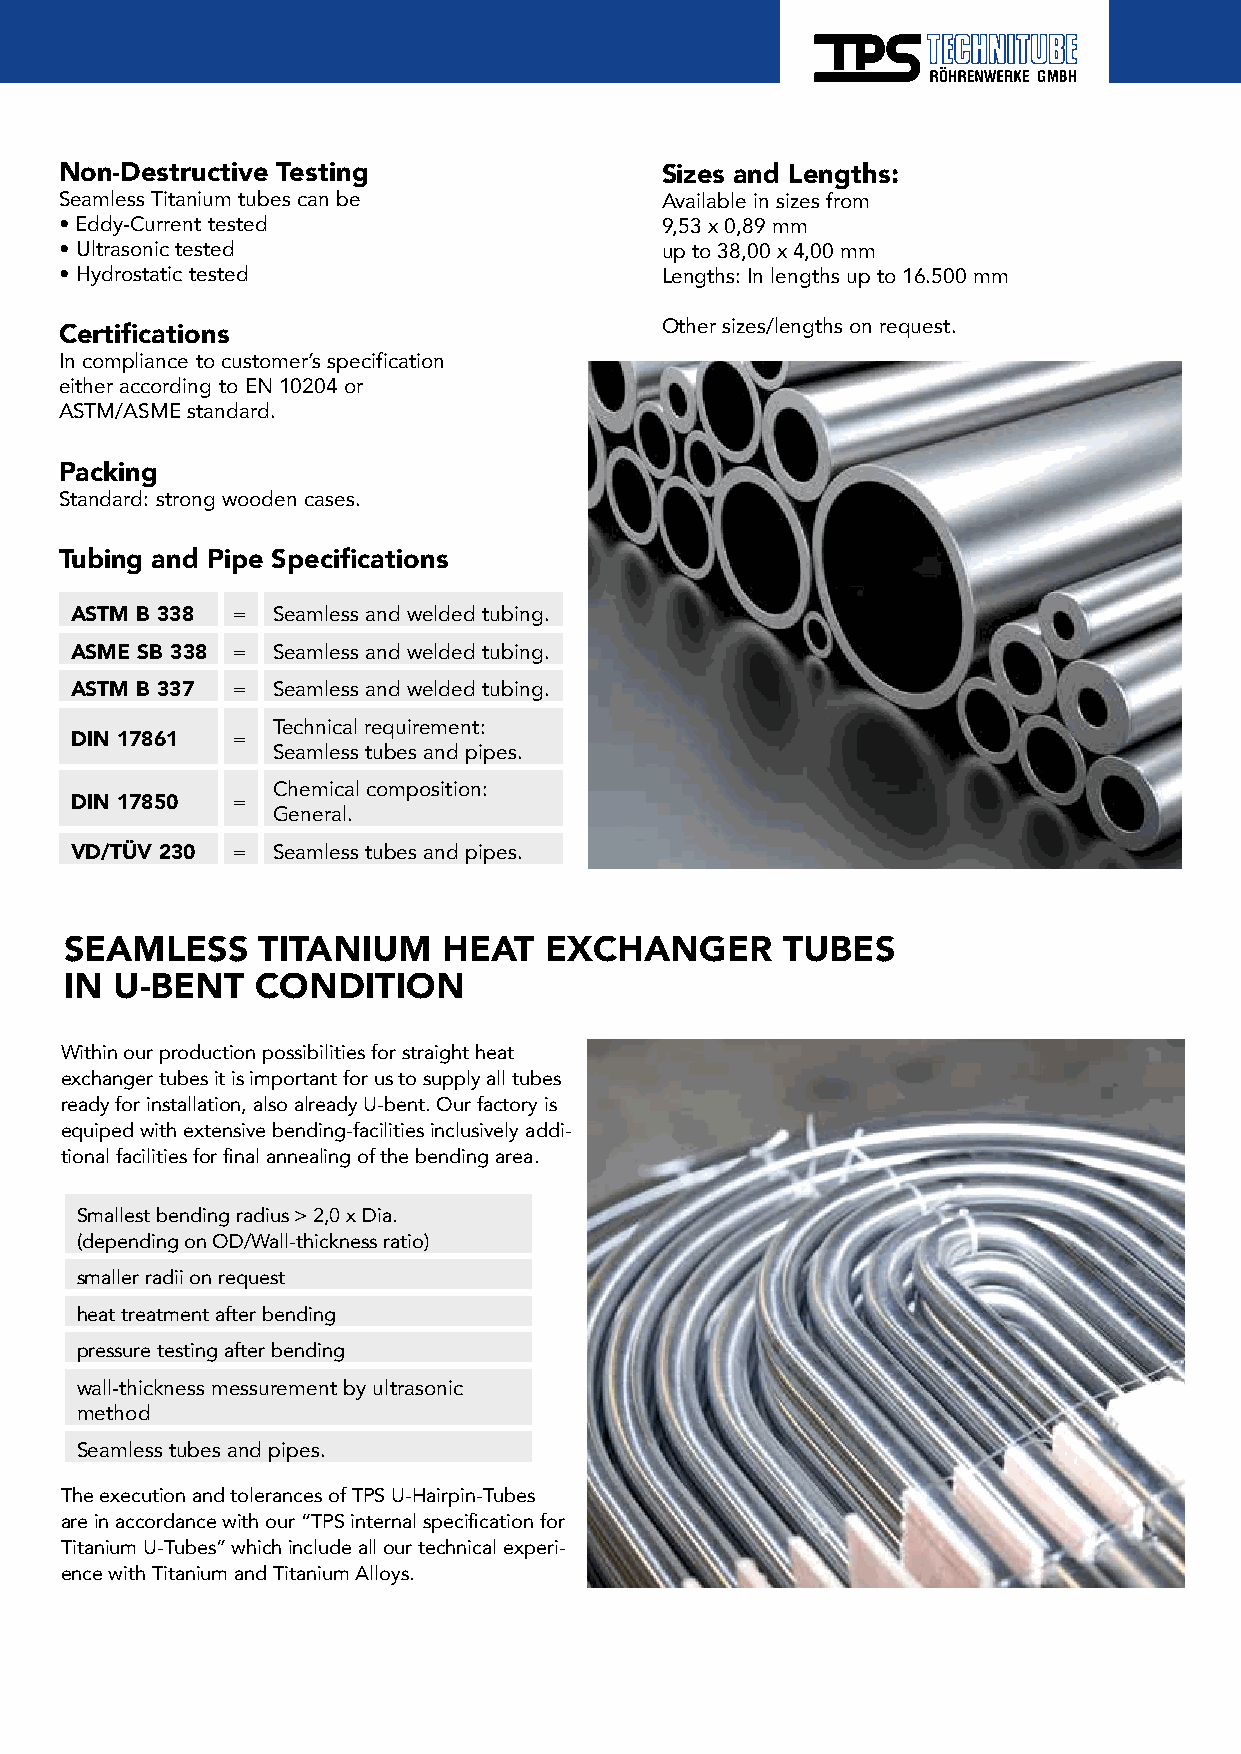
Non-Destructive Testing                 Sizes and Lengths:
 Seamless Titanium tubes can be          Available in sizes from
 • Eddy-Current tested                   9,53 x 0,89 mm
 • Ultrasonic tested                     up to 38,00 x 4,00 mm
 • Hydrostatic tested                    Lengths: In lengths up to 16.500 mm
 Other sizes/lengths on request.
 Certifications
 In compliance to customer’s specification
 either according to EN 10204 or
 ASTM/ASME standard.
 Packing
 Standard: strong wooden cases.
 Tubing and Pipe Specifications
 ASTM B 338 = Seamless and welded tubing.
 ASME SB 338 = Seamless and welded tubing.
 ASTM B 337 = Seamless and welded tubing.
 Technical requirement:
 DIN 17861 =
 Seamless tubes and pipes.
 Chemical composition:
 DIN 17850 =
 General.
 VD/TÜV 230 = Seamless tubes and pipes.
 SEAMLESS     TITANIUM    HEAT   EXCHANGER       TUBES
 IN  U-BENT   CONDITION
 Within our production possibilities for straight heat
 exchanger tubes it is important for us to supply all tubes
 ready for installation, also already U-bent. Our factory is
 equiped with extensive bending-facilities inclusively addi-
 tional facilities for final annealing of the bending area.
 Smallest bending radius > 2,0 x Dia.
 (depending on OD/Wall-thickness ratio)
 smaller radii on request
 heat treatment after bending
 pressure testing after bending
 wall-thickness messurement by ultrasonic
 method
 Seamless tubes and pipes.
 The execution and tolerances of TPS U-Hairpin-Tubes
 are in accordance with our “TPS internal specification for
 Titanium U-Tubes” which include all our technical experi-
 ence with Titanium and Titanium Alloys.